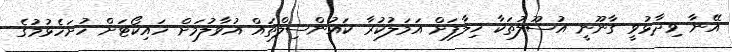
އޭނާ ވިދާޅުވީ ގާނޫނީ އުސޫލުތަކާ ޚިލާފަށް އަމަލުކުރާ ކައުންސިލްތައް އުވާލުމަށް ހައިކޯޓަށް ހުށަހެޅުމުގެ